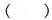
( )